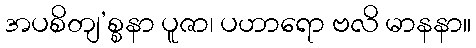
အပစိတျ’စ္စနာ ပူဇာ၊ ပဟာရော ဗလိ မာနနာ။